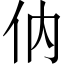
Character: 㐻